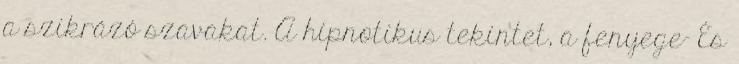
a szikrázó szavakat. A hipnotikus tekintet, a fenyege- És